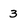
Character: 3